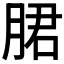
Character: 𬂁